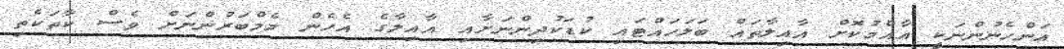
އަންހެނުންނަކީ އާއްމުކޮށް އާއިލާތައް ބަލަހައްޓައި ކުޑަކުދިންނަށާއި އާއިލާގެ އެހެން މެމްބަރުންނަށް ވެސް ކާތަކެތި